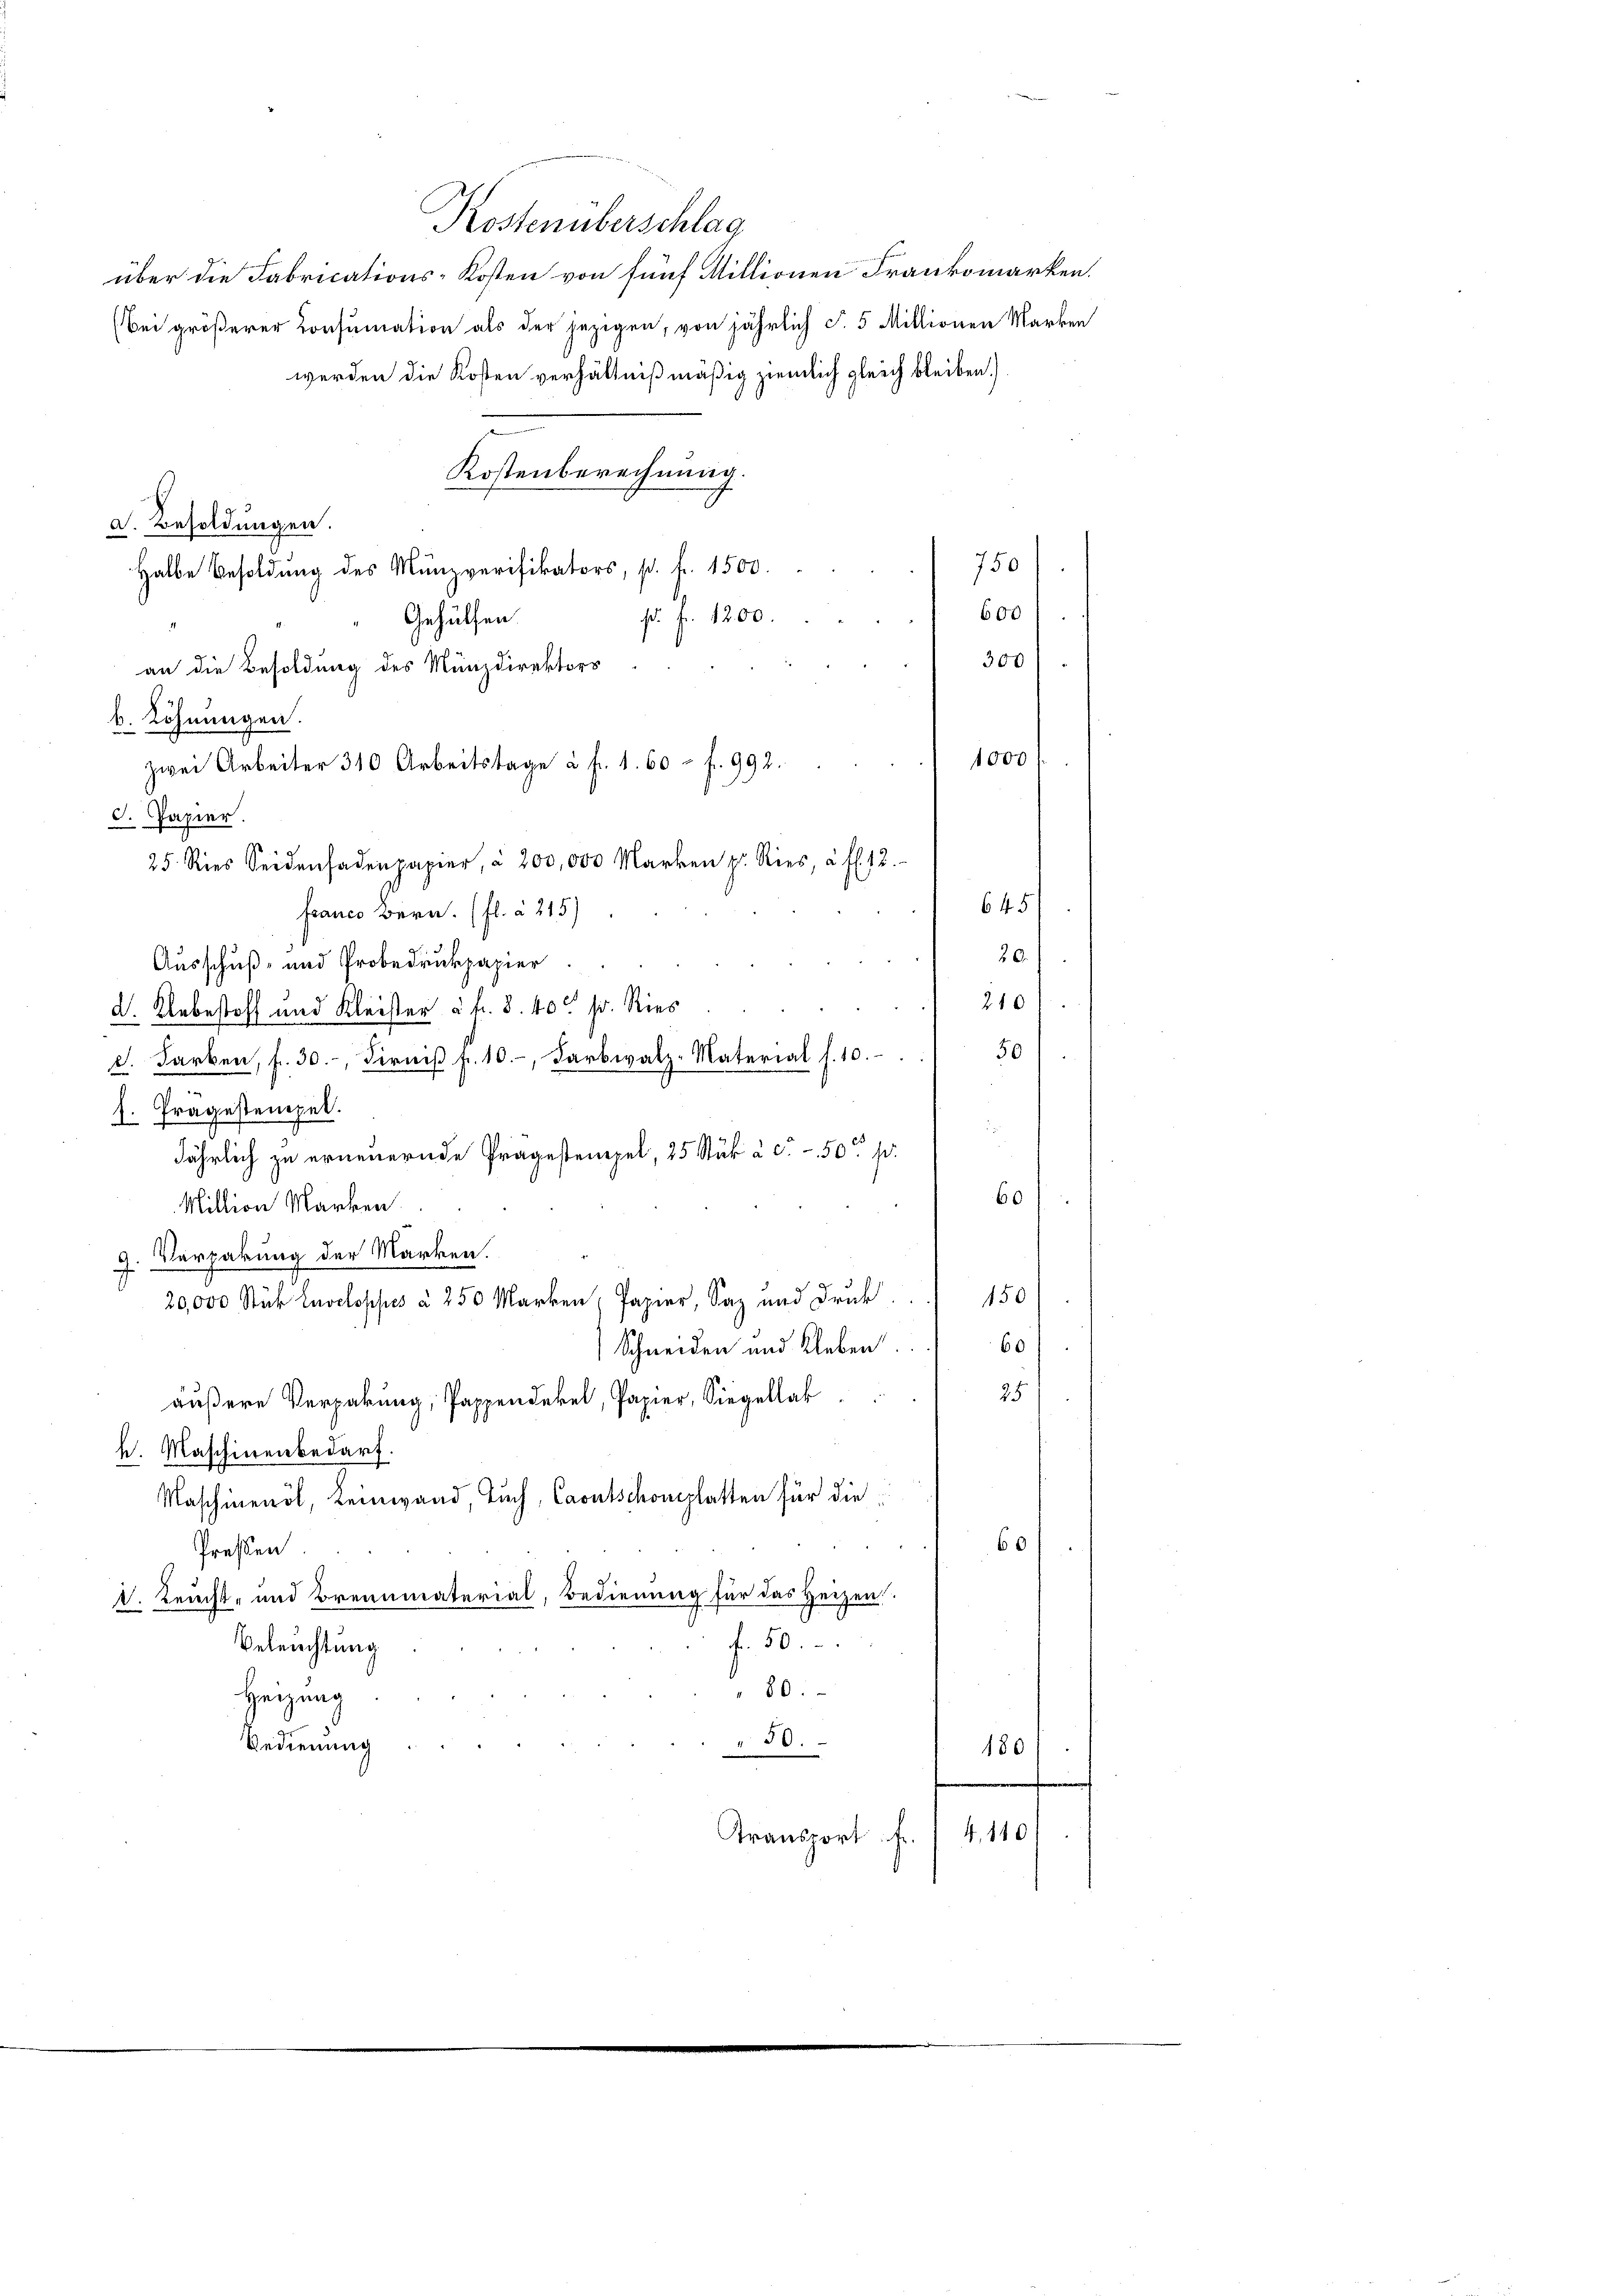
Kostenüberschlag
über die Fabrications-Kosten von fünf Millionen Frankomarken.
(Bei größerer Consumation als der jezigen, von jährlich S. 5 Millionen Marken
werden die Kosten verhältnißmäßig ziemlich gleich bleiben.
Kostenberechnung.
d. Besoldungen.
750
Halbe Besoldung des Münzverifikators, p. f. 1500.
600
pr. Fr. 1200.
Gehülfen.
300
an die Besoldung des Münzdirektors
b. Löhnungen.
1000
S. Papier.
25. Ries Seidenfadenpapier, à 200,000 Marken z. Ries, à fl. 12.
645
franco Bern. (fl. à 215)
20.
Ausschuß- und Probedrukpapier
210
d. Unbestoff und Kleister à f. 8. 40 s. Ries
50
d. Farben, fr. 30.- Firniβ fr. 10.-, Farbwalz-Material f. 10.
s. Tragestempel.
jährlich zu erneuernde Pragestempel, 25 Stük à Fr. 50 p.
60
Million Marken.
9. Verpakung der Marken.
20,000 Stück Laveloppes à 250 Marken, Papier, Saz und Druk 150
60
Schneiden und kleben
25.
äußere Verpakung, Pappendekel, Papier, Siegellar
k. Maschinenbedarf.
Maschinenöl, Leinwand Buch, Caputschonplatten für die
60
Preßen
V. Reicht- und Brennmaterial, Bedienung für das Heizen
f. 50
Beleuchtung
" 80.
Heizung
Bedienung
" 50.
180
4. 140
Transport fr.

zwei Arbeiter 310 Arbeitstage à f. 1. 60 - fr. 992.